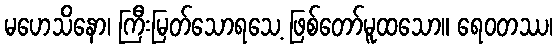
မဟေသိနော၊ ကြီးမြတ်သောရသေ့ ဖြစ်တော်မူထသော။ ရေဝတဿ၊